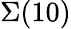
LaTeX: \Sigma(10)